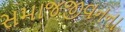
સમાજજીવનના